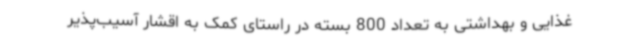
غذایی و بهداشتی به تعداد 800 بسته در راستای کمک به اقشار آسیب‌پذیر